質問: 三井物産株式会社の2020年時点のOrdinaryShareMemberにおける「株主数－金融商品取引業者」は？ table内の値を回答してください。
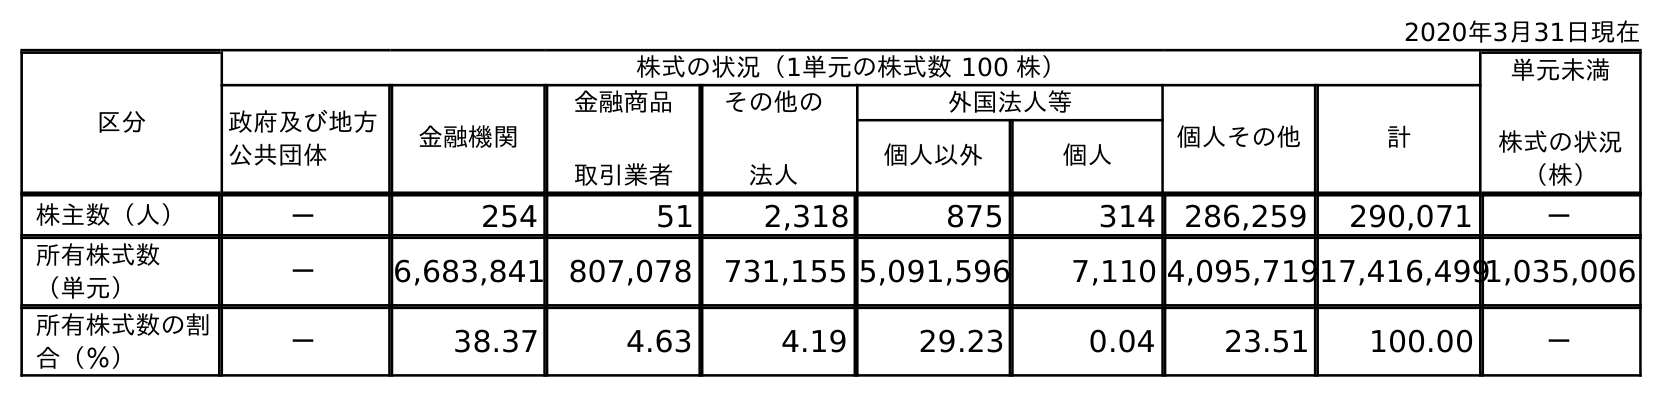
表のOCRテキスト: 2020年3月31日現在 区分 株式の状況（1単元の株式数 100 株） 単元未満 株式の状況 （株） 政府及び地方 公共団体 金融機関 金融商品 取引業者 その他の 法人 外国法人等 個人その他 計 個人以外 個人 株主数（人） － 254 51 2,318 875 314 286,259 290,071 － 所有株式数 （単元） － 6,683,841 807,078 731,155 5,091,596 7,110 4,095,71917,416,4991,035,006 所有株式数の割 合（％） － 38.37 4.63 4.19 29.23 0.04 23.51 100.00 －
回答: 51